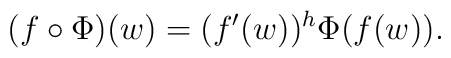
(f\circ\Phi)(w)=(f^{\prime}(w))^h\Phi(f(w)).